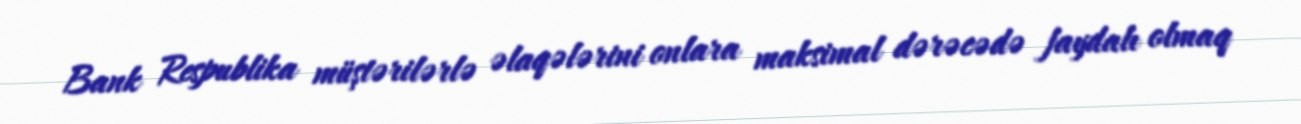
Bank Respublika müştərilərlə əlaqələrini onlara maksimal dərəcədə faydalı olmaq